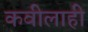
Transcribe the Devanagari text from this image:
कवीलाही